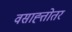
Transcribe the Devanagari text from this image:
वसाह्त्तोतर